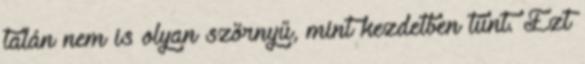
talán nem is olyan szörnyű, mint kezdetben tűnt. Ezt